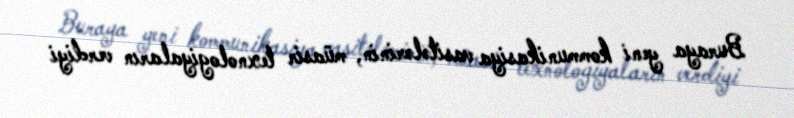
Buraya yeni kommunikasiya vasitələrinin, müasir texnologiyaların verdiyi